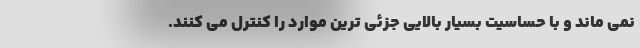
نمی ماند و با حساسیت بسیار بالایی جزئی ترین موارد را کنترل می کنند.